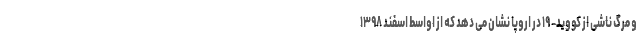
و مرگ ناشی از کووید- ۱۹ در اروپا نشان می دهد که از اواسط اسفند ۱۳۹۸